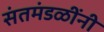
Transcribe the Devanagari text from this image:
संतमंडळींनी